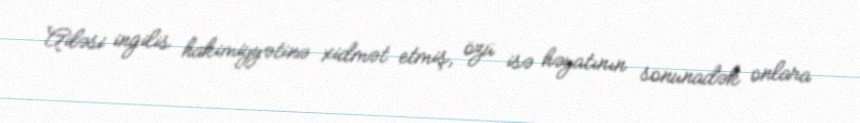
Ailəsi ingilis hakimiyyətinə xidmət etmiş, özü isə həyatının sonunadək onlara